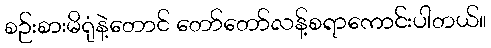
စဉ်းစားမိရုံနဲ့တောင် တော်တော်လန့်စရာကောင်းပါတယ်။